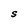
Character: S